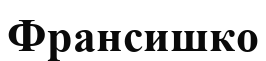
Франсишко